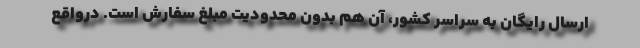
ارسال رایگان به سراسر کشور، آن هم بدون محدودیت مبلغ سفارش است. درواقع